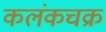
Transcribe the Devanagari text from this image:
कलंकचक्र